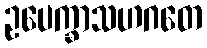
ဥပေက္ခာသဟဂတေ